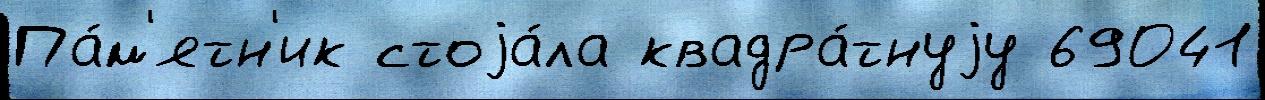
Па́м'ятн'ик стоjа́ла квадра́тнуjу 69041